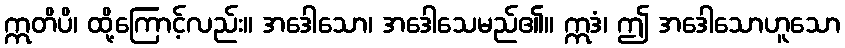
ဣတိပိ၊ ထို့ကြောင့်လည်း။ အဒေါသော၊ အဒေါသေမည်၏။ ဣဒံ၊ ဤ အဒေါသောဟူသော